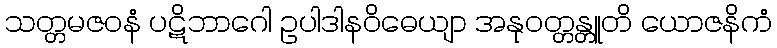
သတ္တမဇဝနံ ပဋိဘာဂေါ ဥပါဒါနဝိဓေယျာ အနုဝတ္တန္တူတိ ယောဇနိကံ